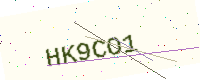
Text: HK9CO1